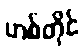
ဟစ်တိုင်